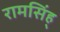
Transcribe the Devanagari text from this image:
रामसिंह्